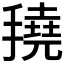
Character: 𢴽